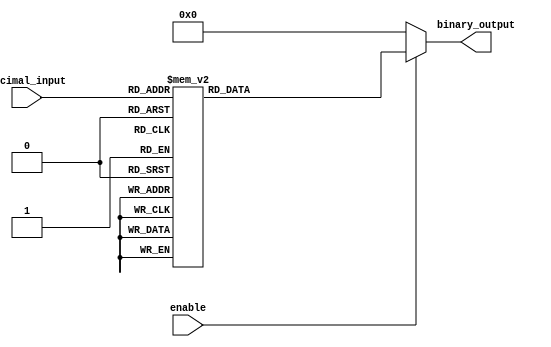
module DecimalToBinaryEncoder (
    input [3:0] decimal_input,  // 4-bit decimal input
    input enable,                // Enable signal
    output reg [3:0] binary_output // 4-bit binary output
);

    always @(*) begin
        if (!enable) begin
            binary_output = 4'b0000; // Default state when enable is low
        end else begin
            case (decimal_input)
                4'b0000: binary_output = 4'b0000; // 0
                4'b0001: binary_output = 4'b0001; // 1
                4'b0010: binary_output = 4'b0010; // 2
                4'b0011: binary_output = 4'b0011; // 3
                4'b0100: binary_output = 4'b0100; // 4
                4'b0101: binary_output = 4'b0101; // 5
                4'b0110: binary_output = 4'b0110; // 6
                4'b0111: binary_output = 4'b0111; // 7
                4'b1000: binary_output = 4'b1000; // 8
                4'b1001: binary_output = 4'b1001; // 9
                default: binary_output = 4'b0000; // Invalid input case
            endcase
        end
    end

endmodule